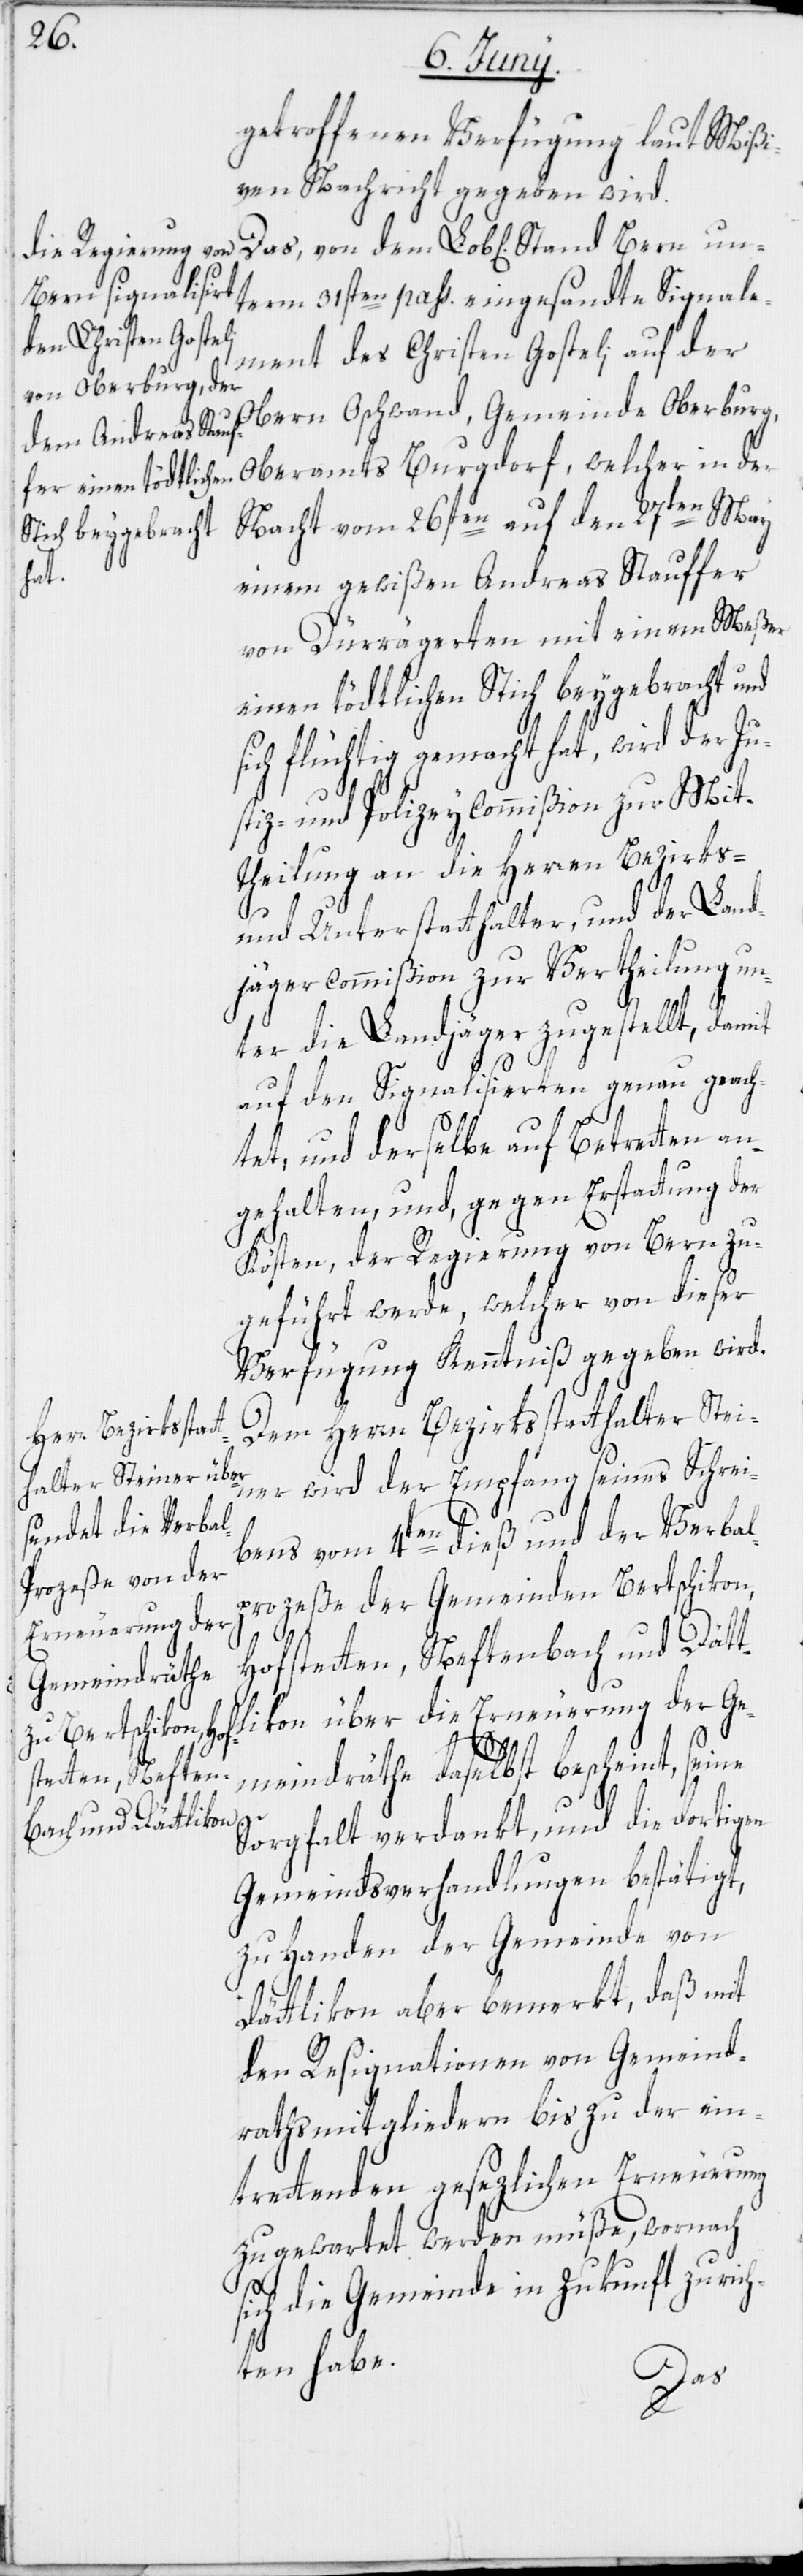
getroffenen Verfügung laut Mißi¬
ven Nachricht gegeben wird.
term 31sten pass. eingesandte Signale¬
kon über die
ment des Christen Gosteli auf der
Obern Oschwand, Gemeinde Oberburg,
Oberamts Burgdorf, welcher in der
Nacht vom 26sten auf den 27ten May
einem gewißen Andreas Stauffer
von Dürrägerten mit einem Meßer
einen tödtlichen Stich beygebracht und
sich flüchtig gemacht hat, wird der Ju¬
stiz- und Polizeycommißion zur Mit¬
theilung an die Herren Bezirks-
und Unterstatthalter, und der Land¬
jägercommißion zur Vertheilung un¬
ter die Landjäger zugestellt, damit
auf den Signalisierten genau geach¬
tet, und derselbe auf Betretten an¬
gehalten, und, gegen Erstattung der
Kösten, der Regierung von Bern zu¬
geführt werde, welcher von dieser
Verfügung Kenntniß gegeben wird.
Dem Herrn Bezirksstatthalter Stei¬
ner wird der Empfang seines Schrei¬
bens vom 4ten dieß und der Verbal¬
prozeße der Gemeinden Bertschikon,
Erneuerung der
Hofstetten, Neftenbach und Dätt¬
meindräthe daselbst bescheint, se¬
ine
Sorgfalt verdankt, und die dortigen
Gemeindsverhandlungen bestätigt,
zu Handen der Gemeinde von
Dättlikon aber bemerkt, daß mit
den Resignationen von Gemeind¬
rathsmitgliedern bis zu der ein¬
trettenden gesezlichen Erneuerung
zugewartet werden müße, wornach
sich die Gemeinde in Zukunft zu rich¬
ten habe.
Das,